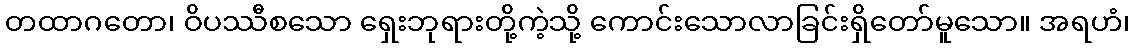
တထာဂတော၊ ဝိပဿီစသော ရှေးဘုရားတို့ကဲ့သို့ ကောင်းသောလာခြင်းရှိတော်မူသော။ အရဟံ၊